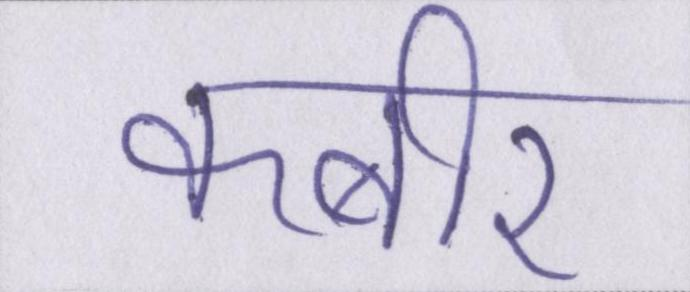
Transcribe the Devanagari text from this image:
कबीर